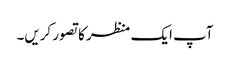
آپ ایک منظر کا تصور کریں۔